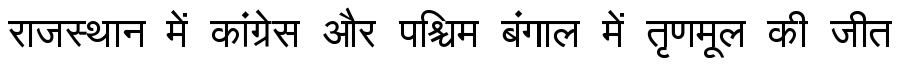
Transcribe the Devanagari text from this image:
राजस्थान में कांग्रेस और पश्चिम बंगाल में तृणमूल की जीत